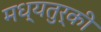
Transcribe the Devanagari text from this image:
मध्यतुर्की